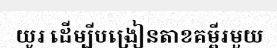
យូរ ដើម្បីបង្រៀនតាខគម្ពីរមួយ